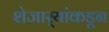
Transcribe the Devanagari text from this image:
शेजार्‍यांकडून